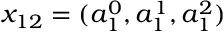
x _ { 1 2 } = ( a _ { 1 } ^ { 0 } , a _ { 1 } ^ { 1 } , a _ { 1 } ^ { 2 } )